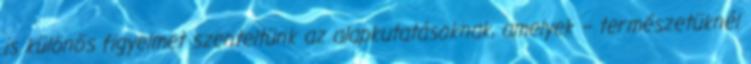
is különös figyelmet szenteltünk az alapkutatásoknak, amelyek – természetüknél